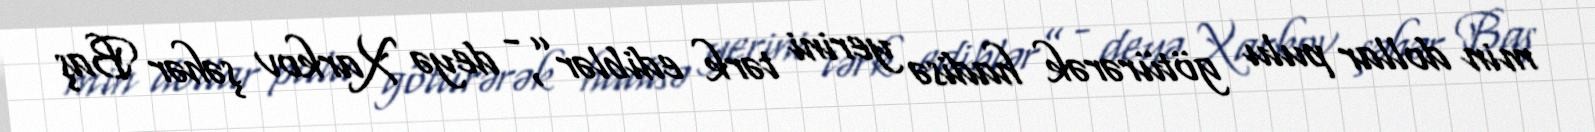
min dollar pulu götürərək hadisə yerini tərk ediblər”, - deyə Xarkov şəhər Baş